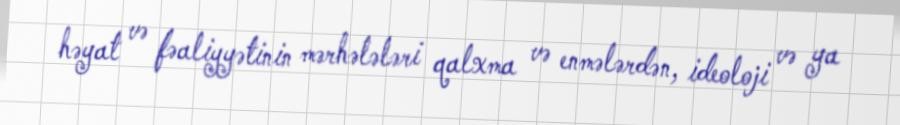
həyat və fəaliyyətinin mərhələləri qalxma və enmələrdən, ideoloji və ya